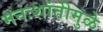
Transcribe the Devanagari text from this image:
मनःशांतीमुळे